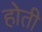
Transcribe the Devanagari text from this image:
होती